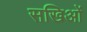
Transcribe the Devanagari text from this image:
सखिओं